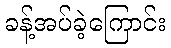
ခန့်အပ်ခဲ့ကြောင်း